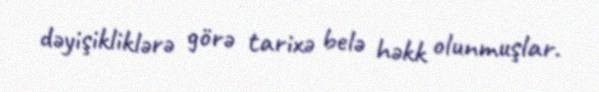
dəyişikliklərə görə tarixə belə həkk olunmuşlar.